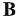
B